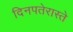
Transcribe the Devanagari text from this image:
दिनपतेरास्ते